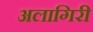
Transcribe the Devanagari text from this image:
अलागिरी